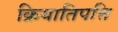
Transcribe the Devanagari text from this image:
क्रियातिपत्ति